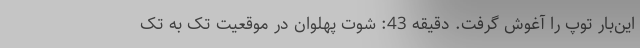
این‌بار توپ را آغوش گرفت. دقیقه 43: شوت پهلوان در موقعیت تک به تک